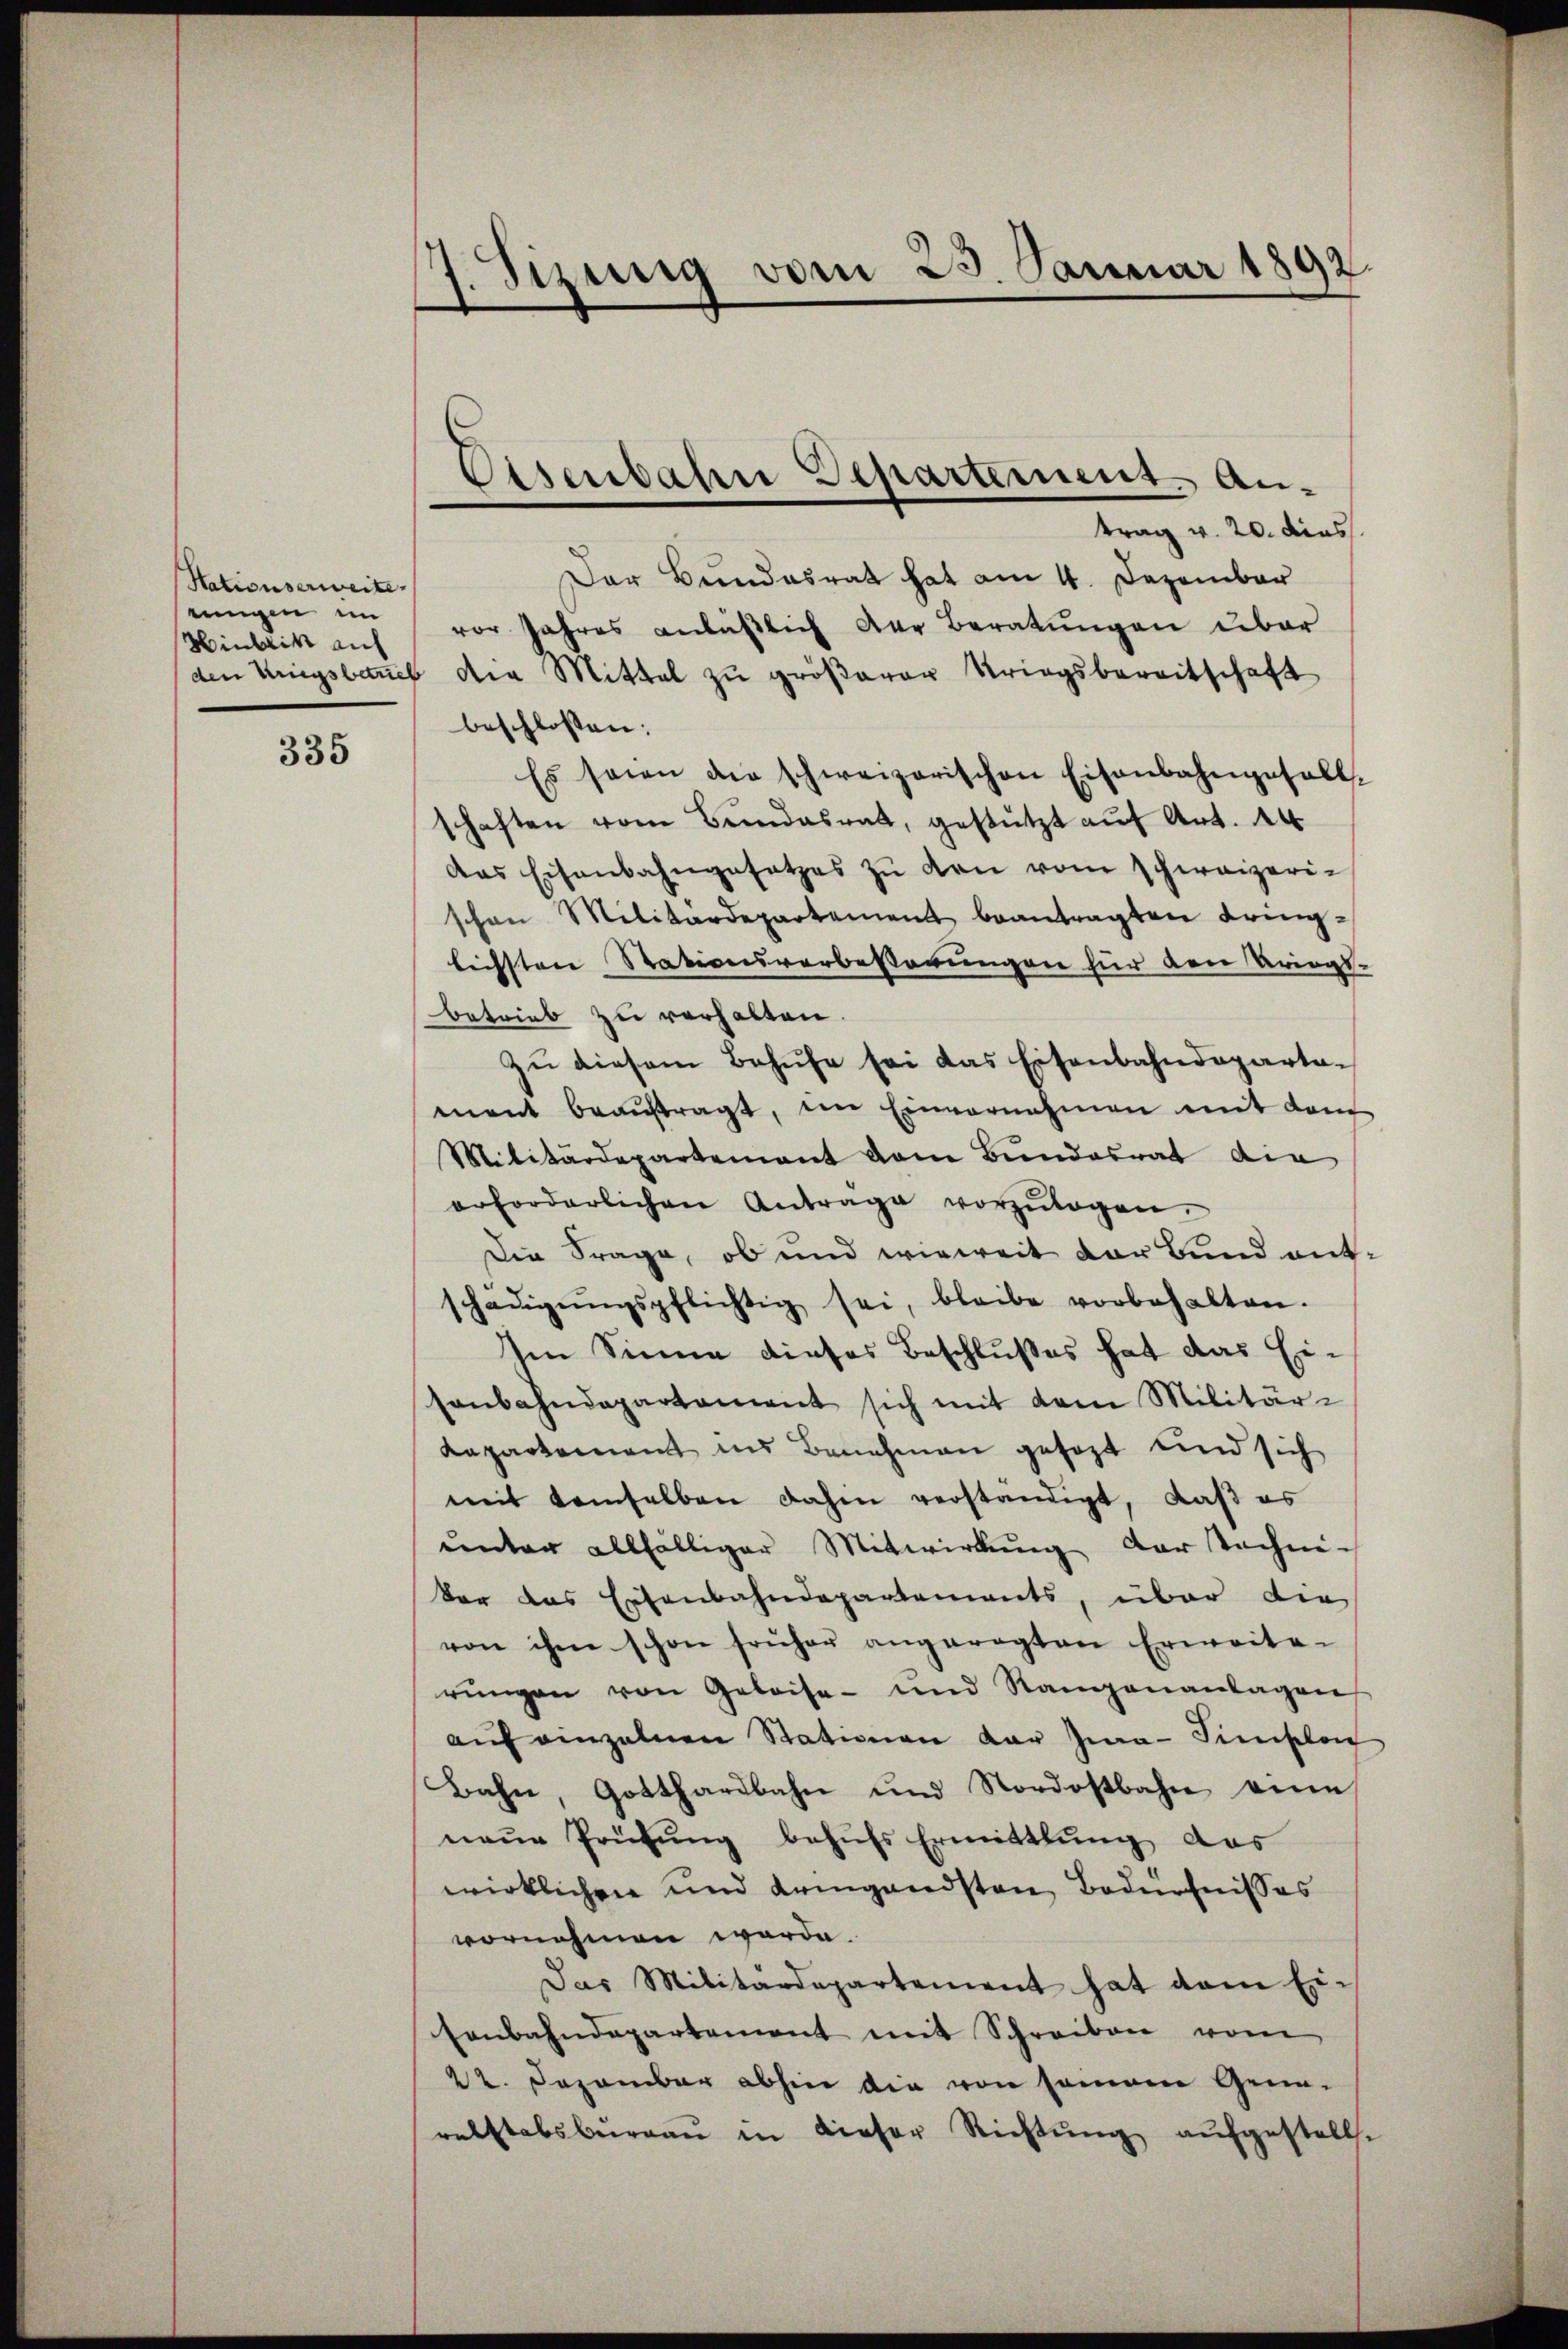
Nationserweite
eingen im
Minbritt auf

335

Sirung vom 23. Januar 1892
f

Eisenbahn Departement. Antrag v. 20. dies

Der Bundesrat hat am 4. Dezember
vor Jahres anläßlich der Beratungen über
den Kriegsbaues die Mittel zu größerer Kriegsbereitschaft
beschlossen:
Es seien die schweizerischen Eisenbahngesell-
schaften vom Bundesrath, gestützt auf Art. 14
das Eisenbahngesetzes zŭ den vom schweizerischen Militärdepartement beantragten Bringlichsten Stationsverbesserungen für den Kriegs-
betrieb zu verhalten.
Zu diesem Behufe sei das Eisenbahndepartament beaŭftragt, im Einvernahmen mit dem
Militärdepartement vom Bundesrat die
erforderlichen Antrage vorzŭlagen.
Die Frage, ob und wieweit der Bund entschädigŭngspflichtig sei, bleibe vorbehalten.
Im Sinne dieses Beschlußes hat das Ei-
senbahndepartement sich mit dem Militär-
Kapartement in Benehmen gesagt und sich
mit demselben dahin verständigt, daß es
ŭnter allfälliger Mitwirkŭng der techni-
vor das Eisenbahndepartements, über die
von ihm schon früher angeregten Erweite-
rŭngen von Geboise- und Rangenantagen
aŭf einzelnen Stationen der Zwa-Simplon
Bahn, Gotthardbahn und Nordostbahn eine
neŭe Prüfŭng behŭfs Ermittlung das
wirklichen und dringendsten Bedürfnisses
vornehmen werde.
Das Militärdepartement hat dem Ei-
senbahndepartement mit Schreiben vom
22. Dezember abhin die von seinem Grunralstabsbŭrgaŭ in dieser Richtŭng aŭfgestellte